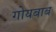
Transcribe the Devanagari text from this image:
गोयबाब